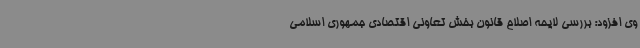
وی افزود: بررسی لایحه اصلاح قانون بخش تعاونی اقتصادی جمهوری اسلامی